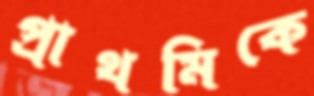
প্রাথমিকে